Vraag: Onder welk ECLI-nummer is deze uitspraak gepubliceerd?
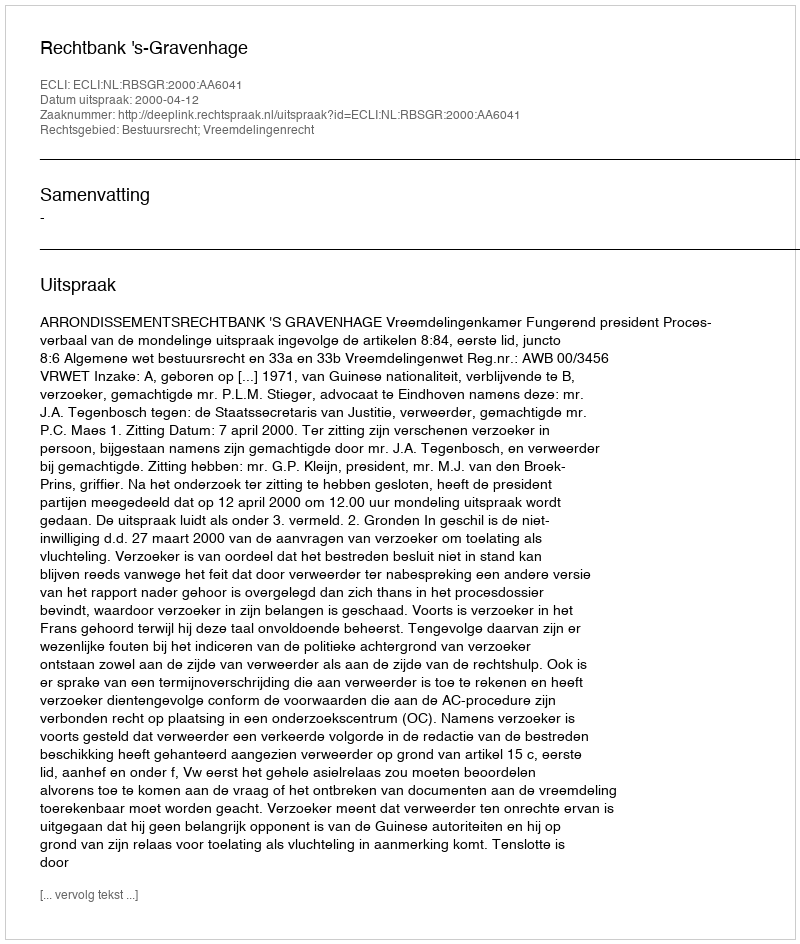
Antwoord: ECLI:NL:RBSGR:2000:AA6041